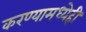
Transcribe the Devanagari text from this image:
करण्यामध्येही